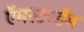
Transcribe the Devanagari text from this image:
ऍमस्टरडॅम